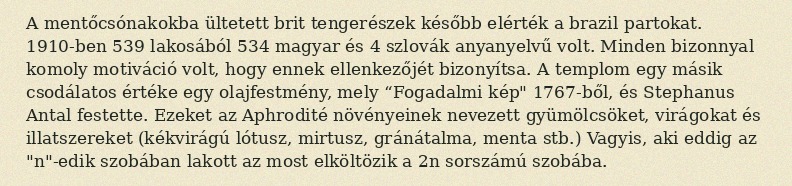
A mentőcsónakokba ültetett brit tengerészek később elérték a brazil partokat. 1910-ben 539 lakosából 534 magyar és 4 szlovák anyanyelvű volt. Minden bizonnyal komoly motiváció volt, hogy ennek ellenkezőjét bizonyítsa. A templom egy másik csodálatos értéke egy olajfestmény, mely “Fogadalmi kép" 1767-ből, és Stephanus Antal festette. Ezeket az Aphrodité növényeinek nevezett gyümölcsöket, virágokat és illatszereket (kékvirágú lótusz, mirtusz, gránátalma, menta stb.) Vagyis, aki eddig az "n"-edik szobában lakott az most elköltözik a 2n sorszámú szobába.